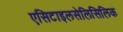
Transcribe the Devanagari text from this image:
एसिटाइलसेलिसिलिक